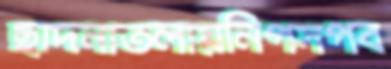
ছাদনাতলায়নিপসপব